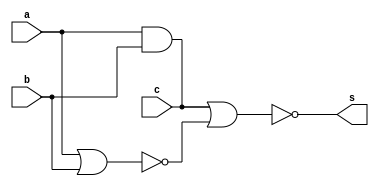
`timescale 1ns / 1ps
//////////////////////////////////////////////////////////////////////////////////
// Company: 
// Engineer: 
// 
// Design Name: 
// Module Name: HA
// Project Name: 
// Target Devices: 
// Tool Versions: 
// Description: 
// 
// Dependencies: 
// 
// Revision:
// Revision 0.01 - File Created
// Additional Comments:
// 
//////////////////////////////////////////////////////////////////////////////////


module HA(
    input a,
    input b,
    input c,
    output s
    );
    assign c = a&b;
    assign s = ~(c | ~(a|b) );
endmodule